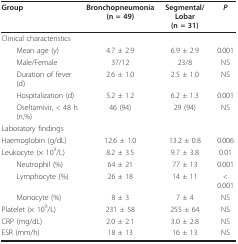
<table><thead><tr><td><b>Group</b></td><td><b>Bronchopneumonia(n = 49)</b></td><td><b>Segmental/Lobar(n = 31)</b></td><td><b><i>P</i></b></td></tr></thead><tbody><tr><td>Clinical characteristics</td><td></td><td></td><td></td></tr><tr><td> Mean age (y)</td><td>4.7 ± 2.9</td><td>6.9 ± 2.9</td><td>0.001</td></tr><tr><td> Male/Female</td><td>37/12</td><td>23/8</td><td>NS</td></tr><tr><td> Duration of fever (d)</td><td>2.6 ± 1.0</td><td>2.5 ± 1.0</td><td>NS</td></tr><tr><td> Hospitalization (d)</td><td>5.2 ± 1.2</td><td>6.2 ± 1.3</td><td>0.001</td></tr><tr><td> Oseltamivir, &lt; 48 h (n,%)</td><td>46 (94)</td><td>29 (94)</td><td>NS</td></tr><tr><td>Laboratory findings</td><td></td><td></td><td></td></tr><tr><td>Haemoglobin (g/dL)</td><td>12.6 ± 1.0</td><td>13.2 ± 0.8</td><td>0.006</td></tr><tr><td>Leukocyte (× 10<sup>9</sup>/L)</td><td>8.2 ± 3.5</td><td>9.7 ± 3.8</td><td>0.01</td></tr><tr><td> Neutrophil (%)</td><td>64 ± 21</td><td>77 ± 13</td><td>0.001</td></tr><tr><td> Lymphocyte (%)</td><td>26 ± 18</td><td>14 ± 11</td><td>&lt; 0.001</td></tr><tr><td> Monocyte (%)</td><td>8 ± 3</td><td>7 ± 4</td><td>NS</td></tr><tr><td>Platelet (× 10<sup>9</sup>/L)</td><td>231 ± 58</td><td>255 ± 64</td><td>NS</td></tr><tr><td>CRP (mg/dL)</td><td>2.0 ± 2.1</td><td>3.0 ± 2.8</td><td>NS</td></tr><tr><td>ESR (mm/h)</td><td>18 ± 13</td><td>16 ± 13</td><td>NS</td></tr></tbody></table>